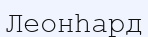
Леонһард